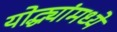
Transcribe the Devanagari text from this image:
योद्ध्यांमध्ये